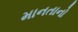
માનતાનો